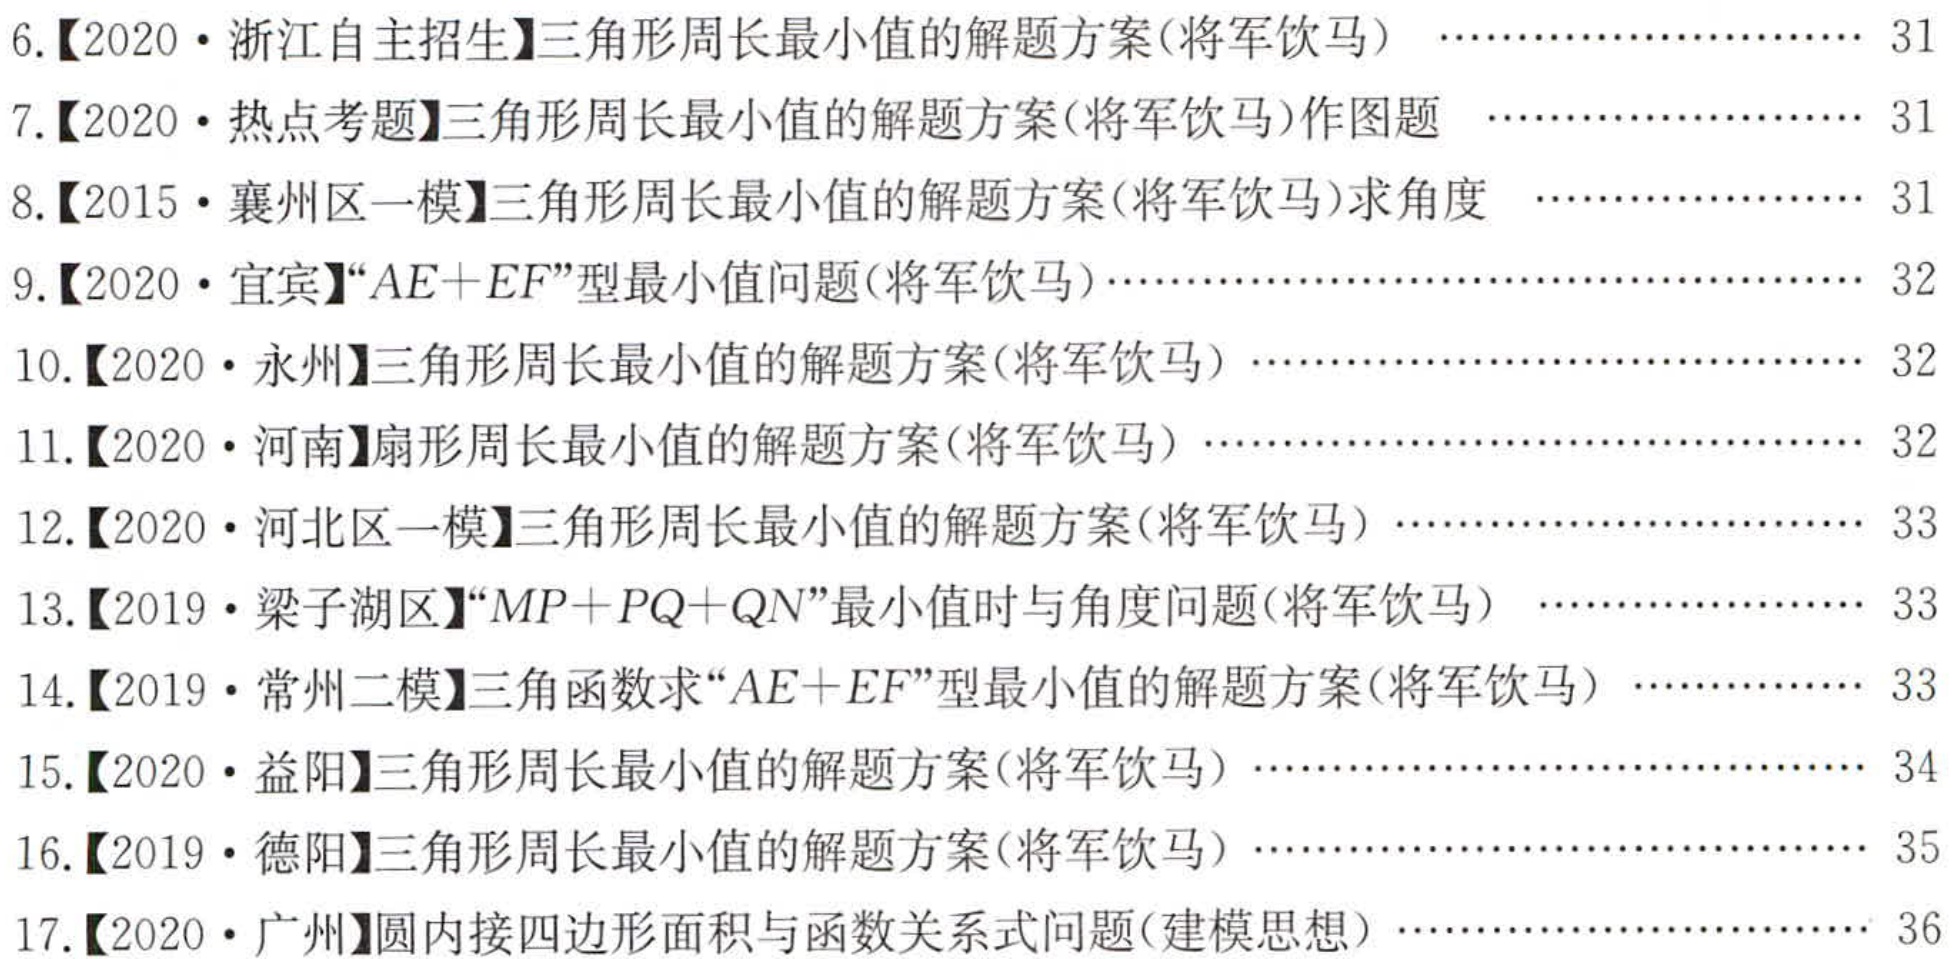
6.【2020·浙江自主招生】三角形周长最小值的解题方案(将军饮马) \(\cdots\cdots\cdots\cdots\cdots\cdots\cdots\) 31
7.【2020·热点考题】三角形周长最小值的解题方案(将军饮马)作图题 \(\cdots\cdots\cdots\cdots\cdots\cdots\cdots\) 31
8.【2015·襄州区一模】三角形周长最小值的解题方案(将军饮马)求角度 \(\cdots\cdots\cdots\cdots\cdots\cdots\cdots\) 31
9.【2020·宜宾】“\(AE + EF\)”型最小值问题(将军饮马)\(\cdots\cdots\cdots\cdots\cdots\cdots\cdots\cdots\cdots\cdots\cdots\cdots\cdots\cdots\cdots\cdots\) 32
10.【2020·永州】三角形周长最小值的解题方案(将军饮马) \(\cdots\cdots\cdots\cdots\cdots\cdots\cdots\) 32
11.【2020·河南】扇形周长最小值的解题方案(将军饮马) \(\cdots\cdots\cdots\cdots\cdots\cdots\cdots\) 32
12.【2020·河北区一模】三角形周长最小值的解题方案(将军饮马) \(\cdots\cdots\cdots\cdots\cdots\cdots\cdots\) 33
13.【2019·梁子湖区】“\(MP + PQ+QN\)”最小值时与角度问题(将军饮马)  \(\cdots\cdots\cdots\cdots\cdots\cdots\cdots\) 33
14.【2019·常州二模】三角函数求“\(AE + EF\)”型最小值的解题方案(将军饮马) \(\cdots\cdots\cdots\cdots\cdots\cdots\cdots\) 33
15.【2020·益阳】三角形周长最小值的解题方案(将军饮马) \(\cdots\cdots\cdots\cdots\cdots\cdots\cdots\) 34
16.【2019·德阳】三角形周长最小值的解题方案(将军饮马) \(\cdots\cdots\cdots\cdots\cdots\cdots\cdots\) 35
17.【2020·广州】圆内接四边形面积与函数关系式问题(建模思想) \(\cdots\cdots\cdots\cdots\cdots\cdots\cdots\) 36